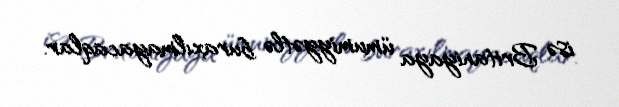
isə Britaniyaya ümumiyyətlə buraxılmayacaqlar.